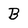
Character: B